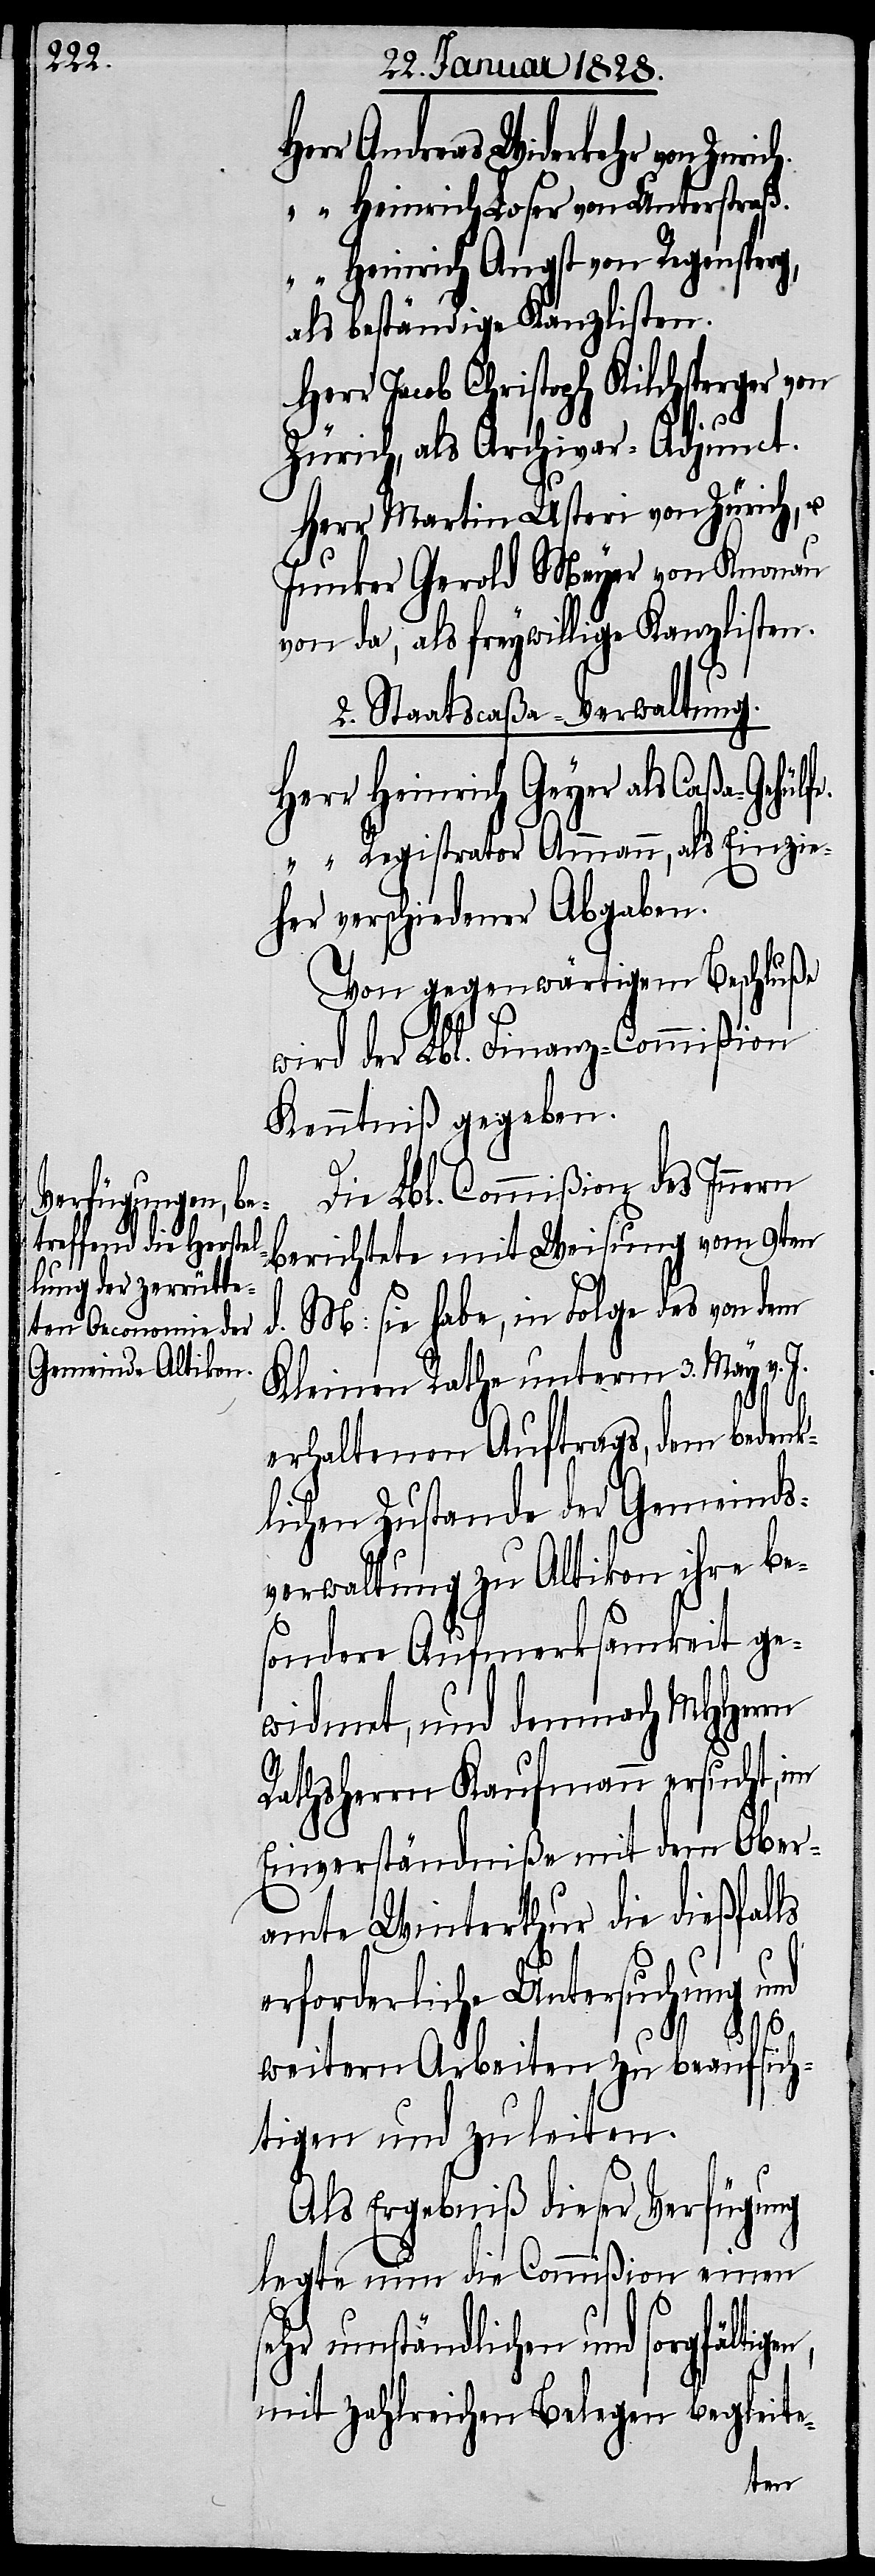
Herr Andreas Widerkehr von Zur¬
“ Heinrich Loser von Unterstraß.
“ Heinrich Angst von Regensperg,
als beständige Kanzlisten.
Herr Jacob Christoph Kilchsperger von
s¬
Zürich, als Archivar-Adjunct.
Herr Martin Usteri von Zürich, u.
Junker Gerold Meyer von Knonau
von da, als freywillige Kanzlisten.
2. Staatscaßa-Verwaltung.
Herr Heinrich Geyer als Caßa-Gehü¬
“ Registrator Ammann, als Einzie¬
her verschiedener Abgaben.
Von gegenwärtigem Beschluße
wird der Lbl. Finanz-Commißion
Kenntniß gegeben.
Die Lbl. Commißion des Innern
berichtete mit Weisung vom 9ten
M: sie habe, in Folge des von dem
n,
Kleinen Rathe unterm 3. May v. J.
erhaltenen Auftrags, dem bedenk¬
lichen Zustande der Gemeinds¬
verwaltung zu Altikon ihre be¬
sondere Aufmerksamkeit ge¬
widmet, und demnach MHHerrn
Rathsherrn Kaufmann ersucht, im
Einverständniße mit dem Ober¬
amte Winterthur die dießfalls
erforderliche Untersuchung und
lfe.
d.
weitern Arbeiten zu beaufsich¬
tigen und zu leiten.
Als Ergebniß dieser Verfügung
legte nun die Commißion einen
ehr umständlichen und sorgfältige¬
mit zahlreichen Belegen begleite-